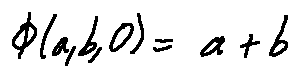
\phi ( a , b , 0 ) = a + b